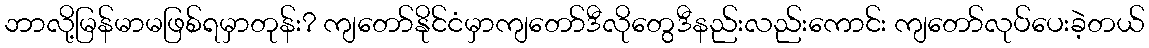
ဘာလို့မြန်မာမဖြစ်ရမှာတုန်း? ကျတော်နိုင်ငံမှာကျတော်ဒီလိုတွေဒီနည်းလည်းကောင်း ကျတော်လုပ်ပေးခဲ့တယ်